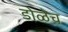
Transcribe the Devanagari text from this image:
डोळेच